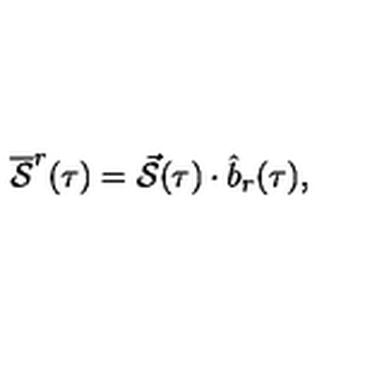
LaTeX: \overline { { \cal S } } ^ { r } ( \tau ) = \vec { \cal S } ( \tau ) \cdot \hat { b } _ { r } ( \tau ) ,